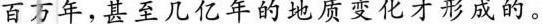
百万年，甚至几亿年的地质变化才形成的。